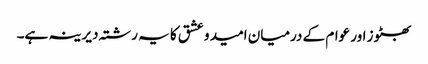
بھٹوز اور عوام کے درمیان امید و عشق کا یہ رشتہ دیرینہ ہے۔